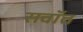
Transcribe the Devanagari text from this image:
सवॉत